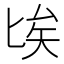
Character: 𠤘